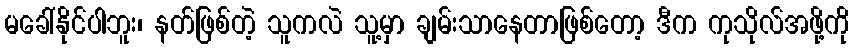
မခေါ်နိုင်ပါဘူး၊ နတ်ဖြစ်တဲ့ သူကလဲ သူ့မှာ ချမ်းသာနေတာဖြစ်တော့ ဒီက ကုသိုလ်အဖို့ကို